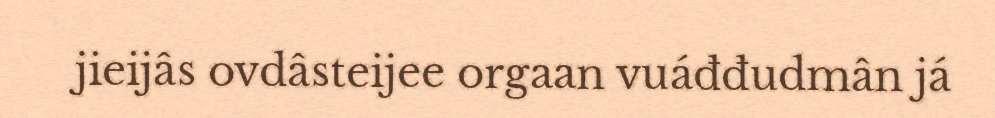
jieijâs ovdâsteijee orgaan vuáđđudmân já